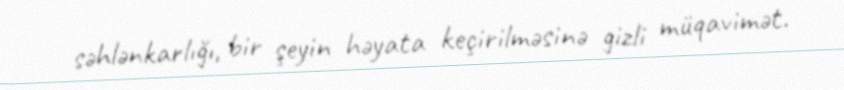
səhlənkarlığı, bir şeyin həyata keçirilməsinə gizli müqavimət.